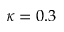
\kappa = 0 . 3